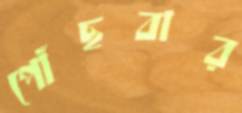
পোঁছবার